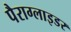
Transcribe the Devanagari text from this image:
पैराग्लाइडर